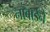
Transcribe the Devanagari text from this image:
नाबार्डने